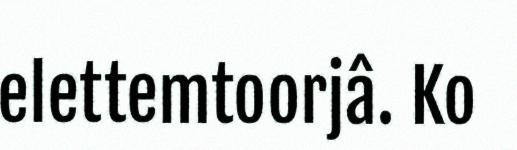
elettemtoorjâ. Ko